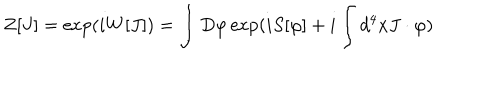
Z [ J ] = \exp ( i W [ J ] ) = \int D \varphi \exp ( i S [ \varphi ] + i \int d ^ { 4 } x J \cdot \varphi )